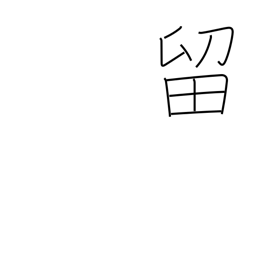
Meaning: detain